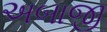
અબાજી